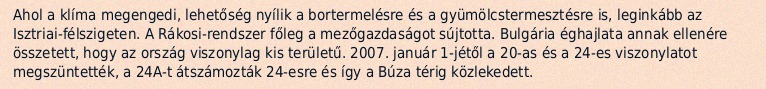
Ahol a klíma megengedi, lehetőség nyílik a bortermelésre és a gyümölcstermesztésre is, leginkább az Isztriai-félszigeten. A Rákosi-rendszer főleg a mezőgazdaságot sújtotta. Bulgária éghajlata annak ellenére összetett, hogy az ország viszonylag kis területű. 2007. január 1-jétől a 20-as és a 24-es viszonylatot megszüntették, a 24A-t átszámozták 24-esre és így a Búza térig közlekedett.